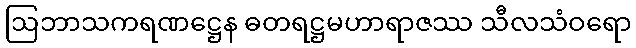
ဩဘာသကရဏဋ္ဌေန ဓတရဋ္ဌမဟာရာဇဿ သီလသံဝရော